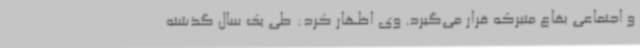
و اجتماعی بقاع متبرکه قرار می‌گیرد. وی اظهار کرد: طی یک سال گذشته